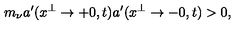
m _ { \nu } a ^ { \prime } ( x ^ { \perp } \to + 0 , t ) a ^ { \prime } ( x ^ { \perp } \to - 0 , t ) > 0 ,